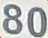
80